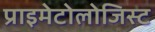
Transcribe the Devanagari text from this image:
प्राइमेटोलोजिस्ट